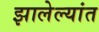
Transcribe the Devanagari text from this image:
झालेल्‍यांत